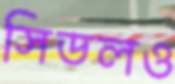
সিডলও